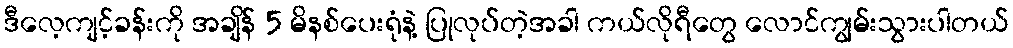
ဒီလေ့ကျင့်ခန်းကို အချိန် 5 မိနစ်ပေးရုံနဲ့ ပြုလုပ်တဲ့အခါ ကယ်လိုရီတွေ လောင်ကျွမ်းသွားပါတယ်